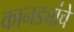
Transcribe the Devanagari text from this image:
कानड्यांचे